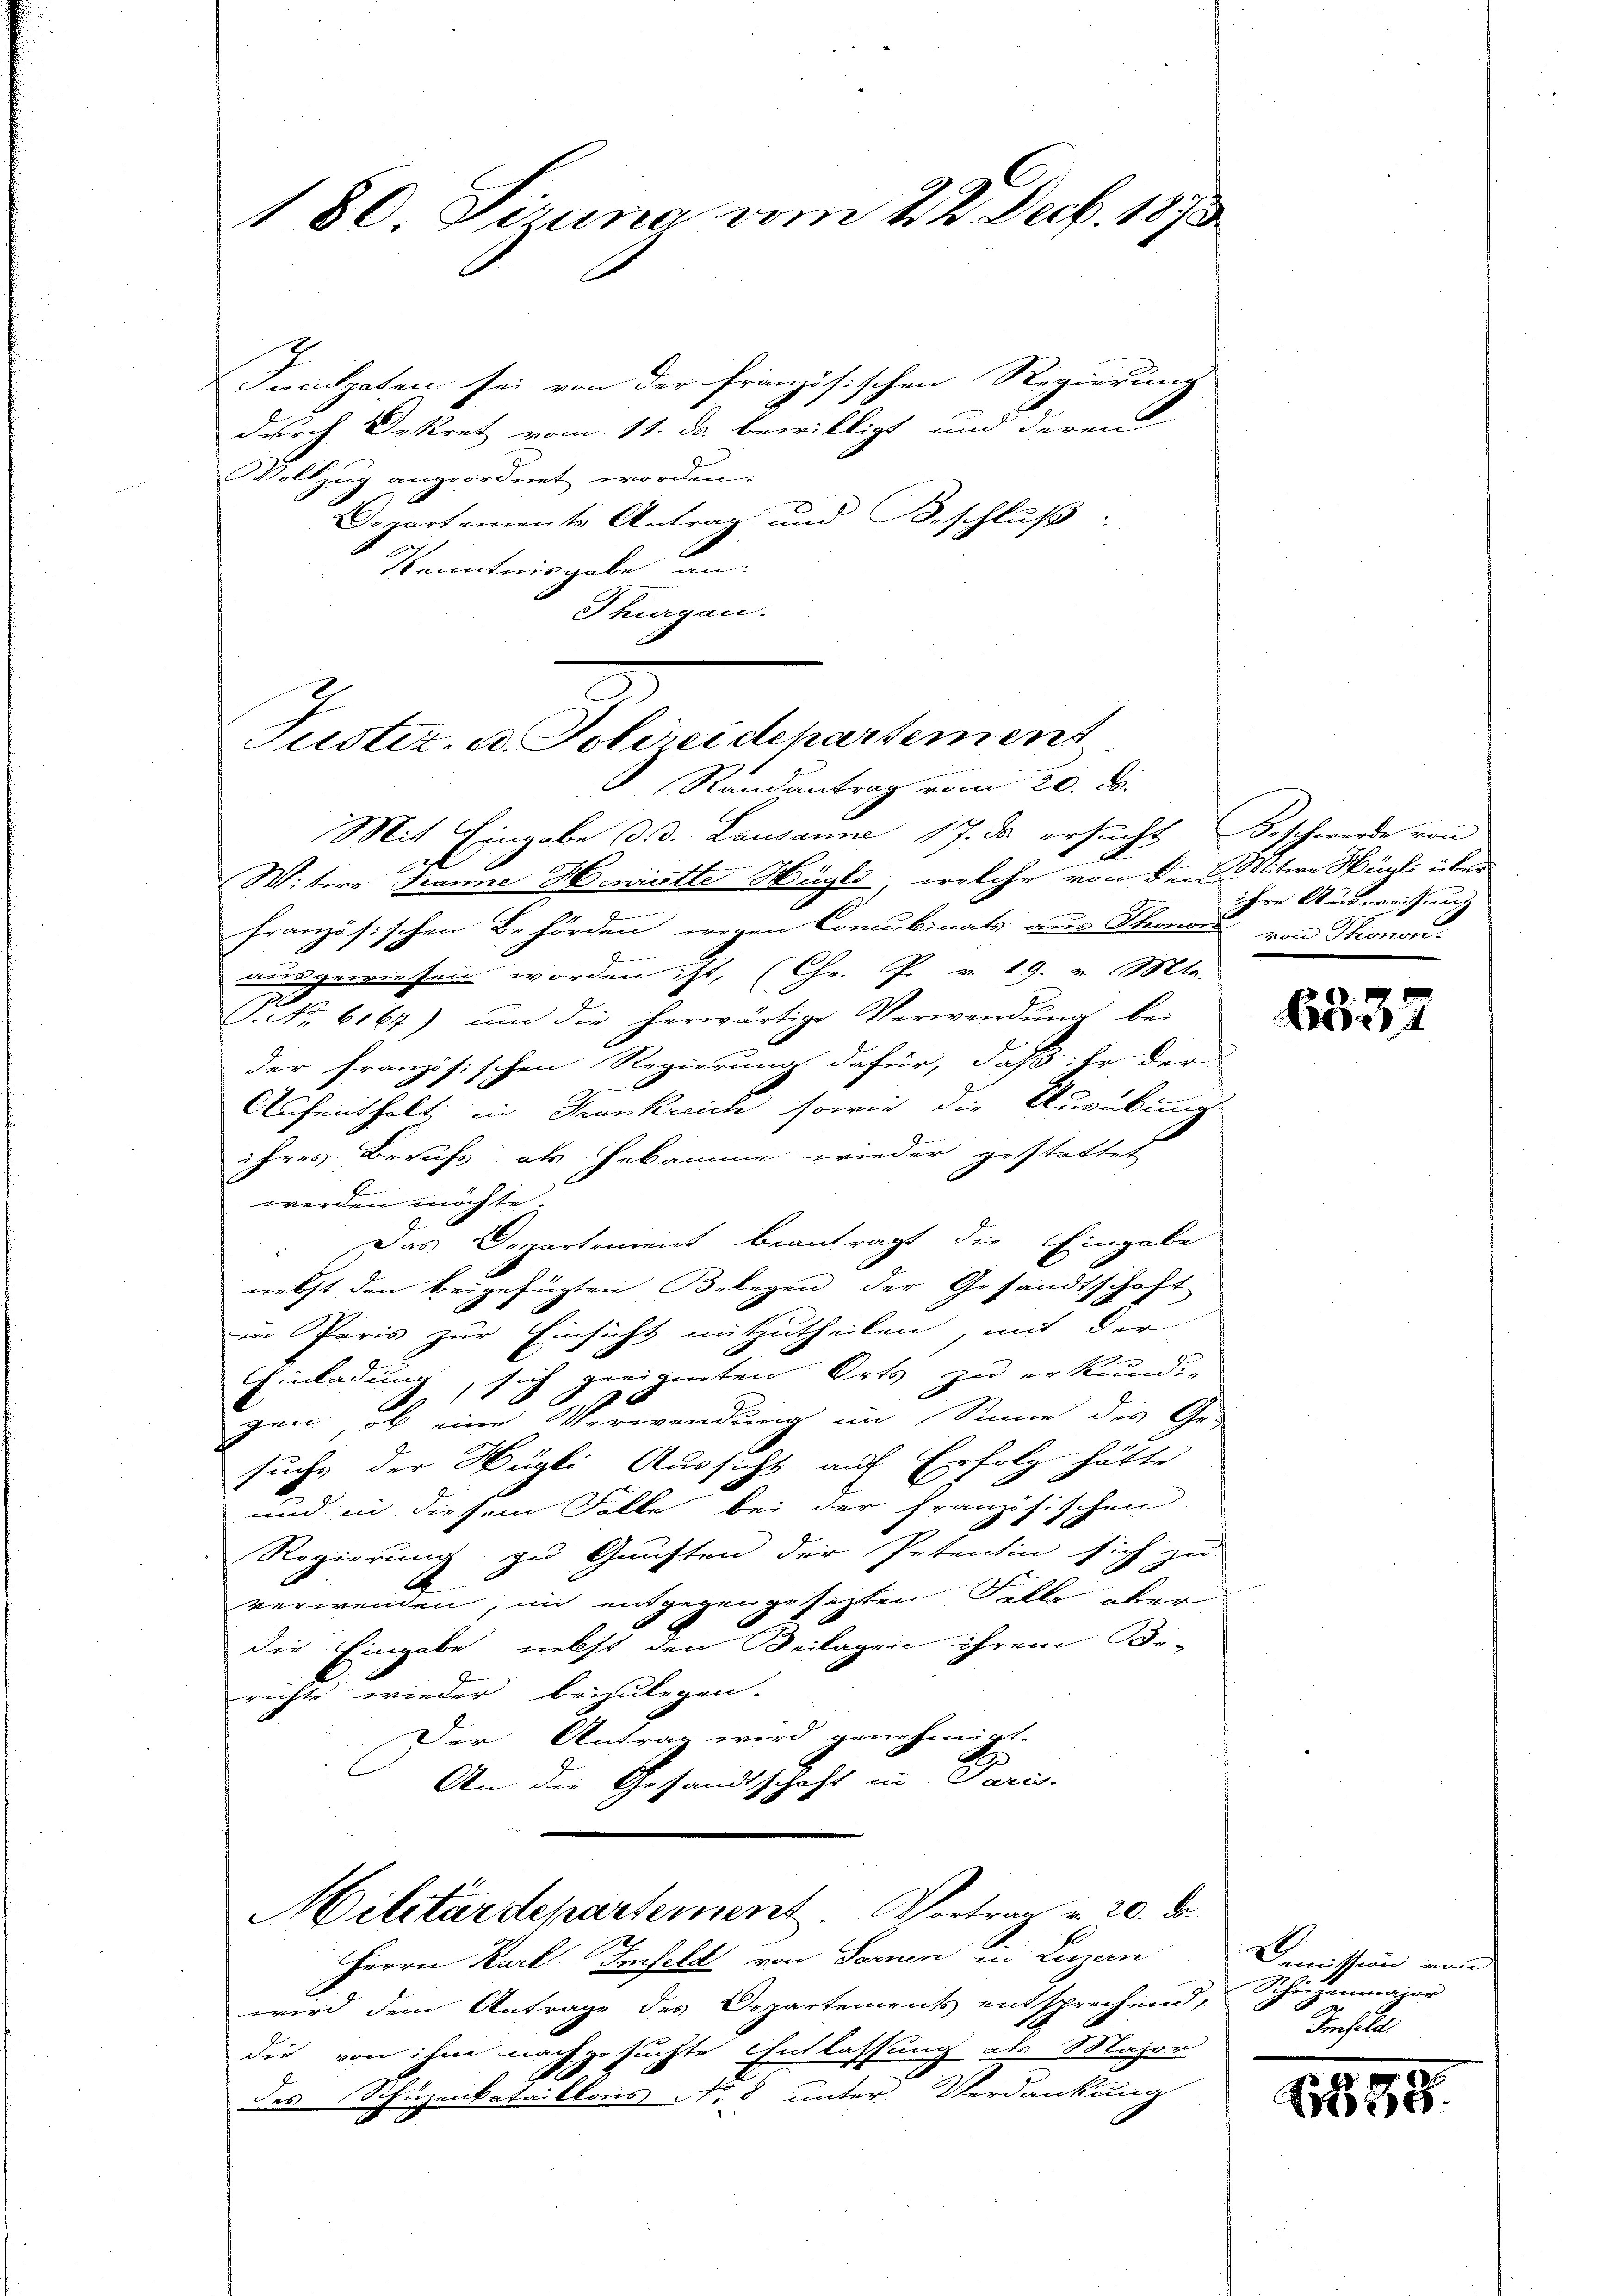
Incidpaten sei von der französischen Regierung
durch Dekret vom 11. ds. bewilligt und deren
Vollzug angeordnet worden.
Departements Antrag und Beschluß
Kenntnisgabe an
Thurgau.

180. Siruna vom 22. Decb. 1873

Justiz, u. Polireidepartement
Randantrag vom 20. ds.

Mit Eingabe d. d. Lausanne, 17. da ersucht Beschwerde von
Wittire Tanne Henriette Hügls, welche von den Witwe Hürli über
|
französischen Behörden wegen Concubinats aus Thore von Thronon
dgewiesen worden ist, (Chr. P. v. 19. v. Mts.
P. Nr. 6167) ŭm die herwärtige Verwendŭng be-
der französischen Regierung dafür, daß ihr der
e
Aufenthalt, in Trankreich sowie die Ausübung
ihres Berufs als Hebamme wieder gestattet
werden möchte.
Das Departement beantragt die Eingabe
nebst den beigefügten Belegen der Gesandtschaft
in Paris zur Einsicht mitzutheilen, mit der
Einladung, sich geeigneten Orts zu erkundi-
.
zen, ob eine Verwendung im Sinne des Ge-
sucht der Hügli Aussicht auf Erfolg hätte
und in diesem Falle bei der Französischen
Regierung zu Gunsten der Petentin sich zu
A
verwenden, in entgegengesetzten Falle aber
die Eingabe, nebst den Beilagen ihrem Be-
richte wieder beizulegen.
Der Antrag wird genehmigt.
h
An die Gesandtschaft in Paris.
Militärdepartement. Vortra u. 20. d.
Herrn Karl Imfeld von Fernen in Luzern
wird dem Antrage des Departements entsprechend, Schüzenmajor
die von ihm nachgesuchte Entlassung als Major
des Schuzenkataillons No 8 unter Verdankung

ihre Ausweisung

6532

Demission von
Anhalte

1859